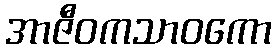
အာဇီဝကသာဝကော